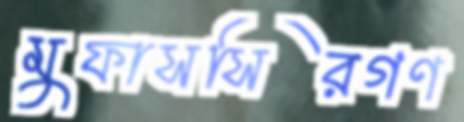
মুফাসসিরগণ